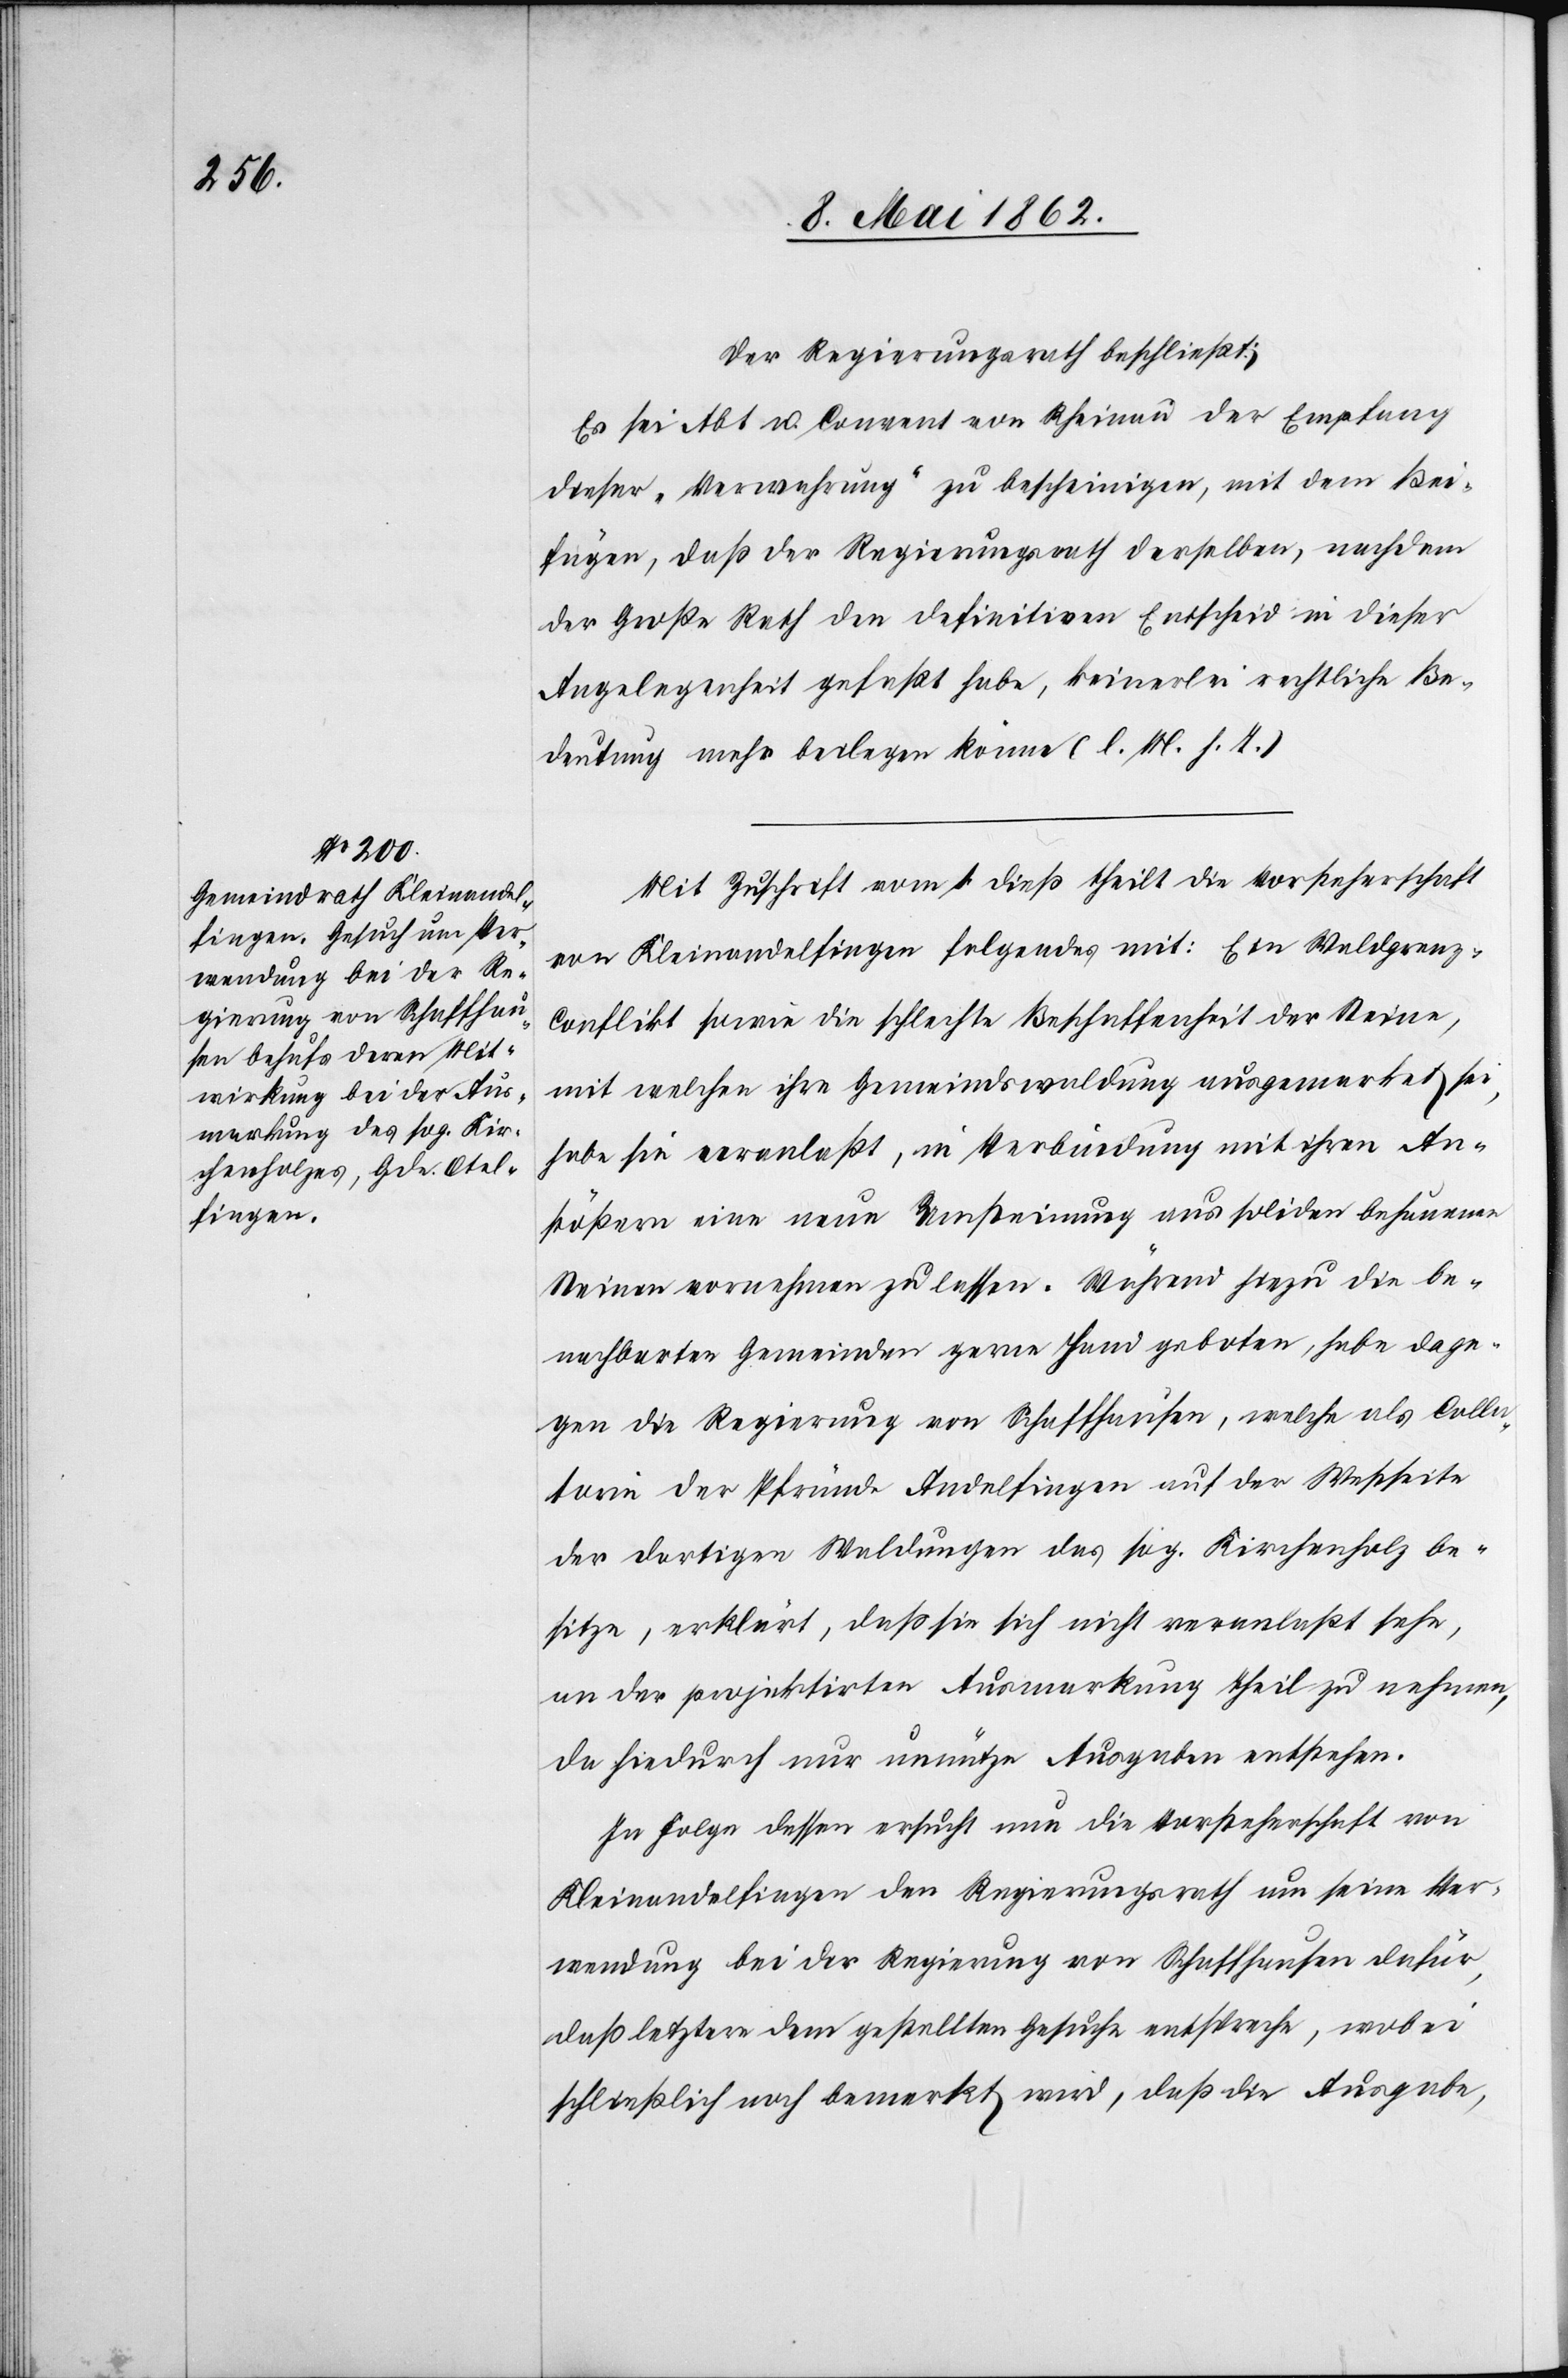
der Regierungsrath beschließt:
Es sei Abt u. Convent von Rheinau der Empfang
dieser „Verwehrung“ zu bescheinigen, mit dem Bei¬
fügen, daß der Regierungsrath derselben, nachdem
der Große Rath den definitiven Entscheid in dieser
Angelegenheit gefaßt habe, keinerlei rechtliche Be¬
deutung mehr beilegen könne (l. M. h. T.).
Mit Zuschrift vom 1. dieß theilt die Vorsteherschaft
von Kleinandelfingen folgendes mit: Ein Waldgrenz¬
conflikt sowie die schlechte Beschaffenheit der Steine,
mit welchen ihre Gemeindswaldung ausgemerkt sei,
habe sie veranlaßt, in Verbündung mit ihren Ans¬
tößern eine neue Umsteinung aus soliden behauenen
Steinen vornehmen zu lassen. Während hiezu die be¬
nachbarten Gemeinden gerne Hand geboten, habe dage¬
gen die Regierung von Schaffhausen, welche als Colla¬
turie der Pfründe Andelfingen auf der Westseite
der dortigen Waldungen das sog. Kirchenholz be¬
sitze, erklärt, daß sie sich nicht veranlaßt sehe,
an der projektirten Ausmarkung Theil zu nehmen,
da hiedurch nur unnütze Ausgaben entstehen.
In Folge dessen ersucht nun die Vorsteherschaft von
Kleinandelfingen den Regierungsrath um seine Ver¬
wendung bei der Regierung von Schaffhausen dafür,
daß letztere dem gestellten Gesuche entspreche, wobei
schließlich noch bemerkt wird, daß die Ausgabe,